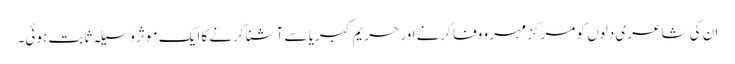
ان کی شاعری دلوں کو مرکز مہر و وفا کرنے اور حریم کبریا سے آشنا کرنے کا ایک موثر وسیلہ ثابت ہوئی۔